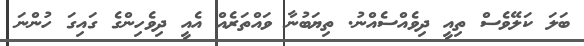
ބަލަ ކަލޭވެސް ތިއީ ދިވެއްސެއްނު. ތިޔަބުނާ ވައްތަރެއް އެއީ ދިވެހިންގެ ގައިގަ ހުންނަ